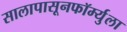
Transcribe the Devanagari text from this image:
सालापासूनफॉर्म्युला